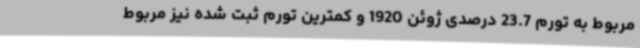
مربوط به تورم 23.7 درصدی ژوئن 1920 و کمترین تورم ثبت شده نیز مربوط